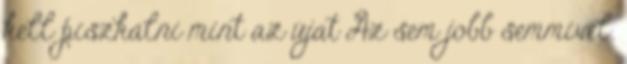
kell piszkálni mint az újat Az sem jobb semmivel.